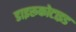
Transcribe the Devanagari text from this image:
डाइरूकोटाइड